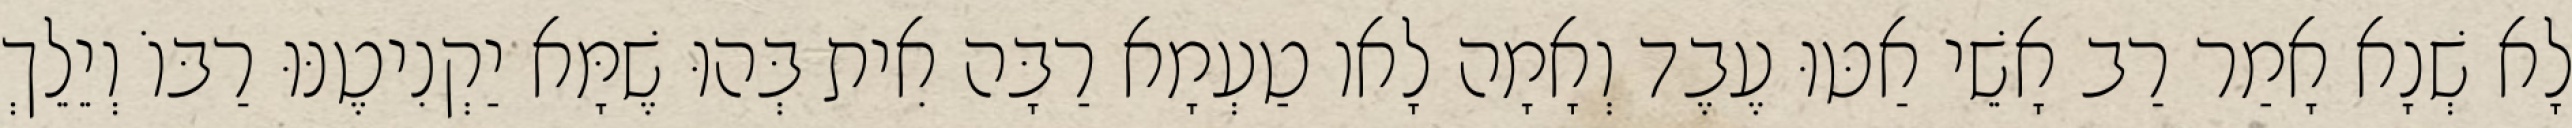
לָא שְׁנָא אָמַר רַב אָשֵׁי אַטּוּ עֶבֶד וְאָמָה לָאו טַעְמָא רַבָּה אִית בְּהוּ שֶׁמָּא יַקְנִיטֶנּוּ רַבּוֹ וְיֵלֵךְ